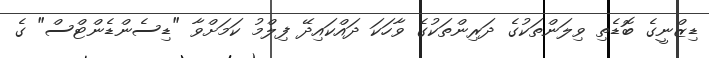
ޑިޒްނީގެ ބޮޑެތި ވިލަންތަކުގެ ދަރިންތަކުގެ ވާހަކަ ދައްކައިދޭ ފިލްމު ކަމަށްވާ "ޑިސެންޑެންޓްސް" ގެ